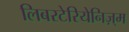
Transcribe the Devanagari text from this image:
लिबरटेरियेनिज़्म